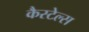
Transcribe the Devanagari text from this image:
कैस्टेल्स